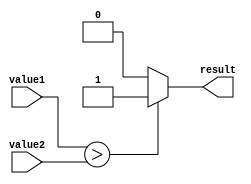
module GreaterThanComparator(
    input [7:0] value1,
    input [7:0] value2,
    output reg result
);

always @(*) begin
    if (value1 > value2) begin
        result = 1;
    end else begin
        result = 0;
    end
end

endmodule